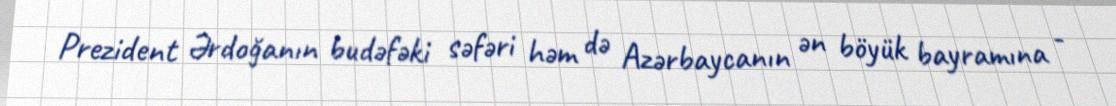
Prezident Ərdoğanın budəfəki səfəri həm də Azərbaycanın ən böyük bayramına -